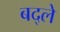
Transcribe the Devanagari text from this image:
बद्ले